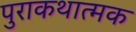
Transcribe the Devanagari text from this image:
पुराकथात्मक